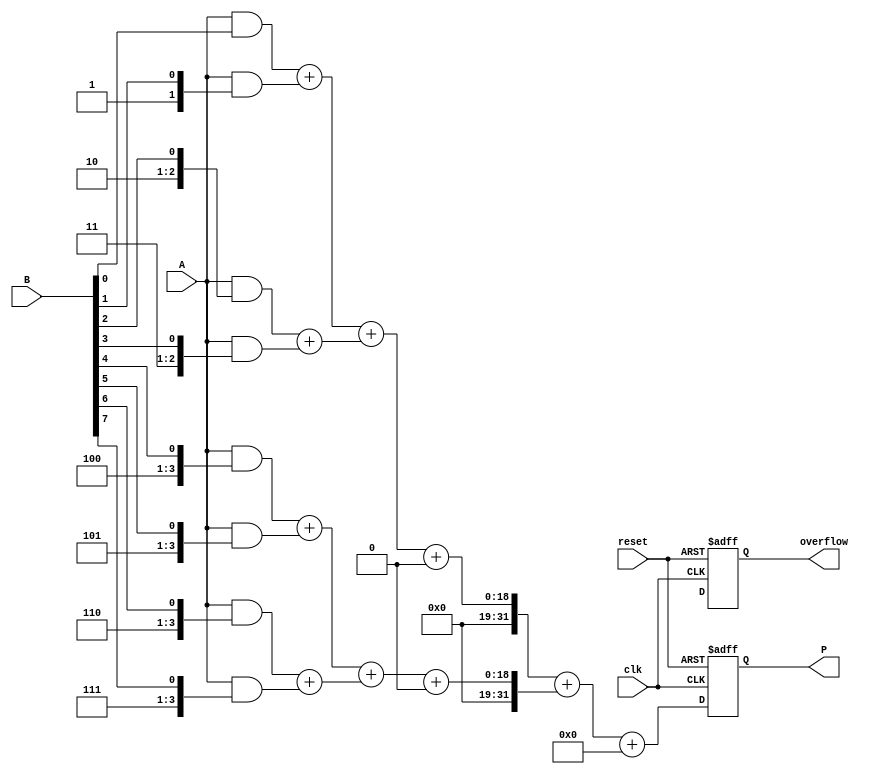
module fixed_point_wallace_multiplier #(
    parameter A_WIDTH = 16, // Width of input A
    parameter B_WIDTH = 16, // Width of input B
    parameter P_WIDTH = A_WIDTH + B_WIDTH // Width of output product
)(
    input wire clk,
    input wire reset,
    input wire [A_WIDTH-1:0] A, // Multiplicand
    input wire [B_WIDTH-1:0] B, // Multiplier
    output reg [P_WIDTH-1:0] P, // Product
    output reg overflow // Overflow flag
);

    // Internal signals
    wire [A_WIDTH-1:0] partial_products[B_WIDTH-1:0];
    wire [P_WIDTH-1:0] reduced_sum;
    wire [P_WIDTH-1:0] final_sum;
    wire [P_WIDTH:0] carry_out; // For detecting overflow

    // Generate partial products
    genvar i;
    generate
        for (i = 0; i < B_WIDTH; i = i + 1) begin : gen_partial_products
            assign partial_products[i] = A & { {A_WIDTH-1{i}}, B[i] }; // AND operation
        end
    endgenerate

    // Wallace tree reduction (simplified)
    wire [P_WIDTH-1:0] stage1_sum [0:(B_WIDTH/2)-1];
    wire [P_WIDTH-1:0] stage1_carry [0:(B_WIDTH/2)-1];

    generate
        for (i = 0; i < B_WIDTH/2; i = i + 1) begin : reduce_stage1
            assign {stage1_carry[i], stage1_sum[i]} = partial_products[2*i] + partial_products[2*i+1];
        end
    endgenerate

    // Second stage reduction (this is a simplified version)
    wire [P_WIDTH-1:0] stage2_sum [0:((B_WIDTH/2)/2)-1];
    wire [P_WIDTH-1:0] stage2_carry [0:((B_WIDTH/2)/2)-1];

    generate
        for (i = 0; i < (B_WIDTH/4); i = i + 1) begin : reduce_stage2
            assign {stage2_carry[i], stage2_sum[i]} = stage1_sum[2*i] + stage1_sum[2*i+1] + stage1_carry[2*i];
        end
    endgenerate

    // Final addition
    assign final_sum = stage2_sum[0] + stage2_sum[1] + stage2_carry[0];

    // Overflow detection
    assign carry_out = final_sum[P_WIDTH-1:0] + final_sum[P_WIDTH];

    always @(posedge clk or posedge reset) begin
        if (reset) begin
            P <= 0;
            overflow <= 0;
        end else begin
            P <= final_sum[P_WIDTH-1:0];
            overflow <= carry_out[P_WIDTH]; // Set overflow if carry out
        end
    end

endmodule